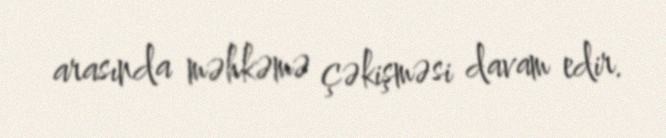
arasında məhkəmə çəkişməsi davam edir.